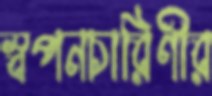
স্বপনচারিণীর